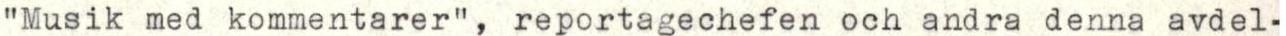
"Musik med kommentarer", reportagechefen och andra denna avdel-